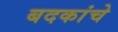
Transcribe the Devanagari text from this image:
बदकांचे